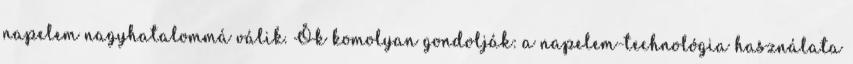
napelem nagyhatalommá válik. Ők komolyan gondolják: a napelem-technológia használata